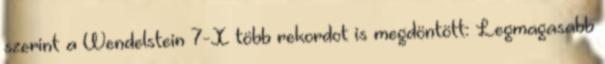
szerint a Wendelstein 7-X több rekordot is megdöntött: Legmagasabb